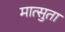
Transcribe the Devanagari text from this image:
मात्सुता